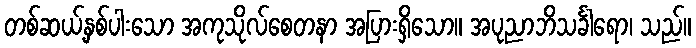
တစ်ဆယ့်နှစ်ပါးသော အကုသိုလ်စေတနာ အပြားရှိသော။ အပုညာဘိသင်္ခါရော၊ သည်။